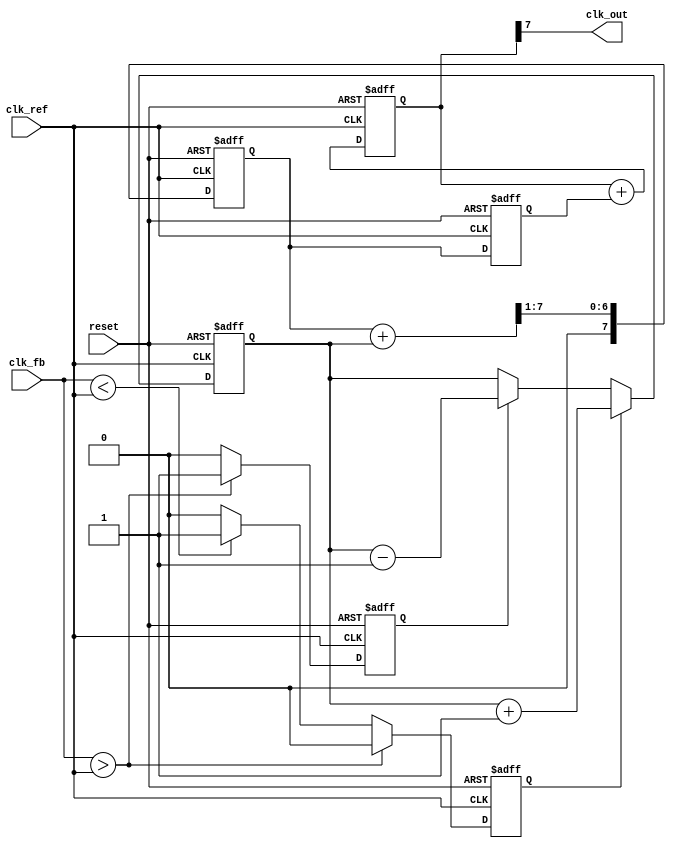
module CP_PLL (
    input wire clk_ref,          // Reference clock input
    input wire clk_fb,           // Feedback clock input from VCO
    input wire reset,            // Reset signal
    output wire clk_out          // Output clock from VCO
);

// Phase Detector
reg phase_up;
reg phase_down;

always @(posedge clk_ref or posedge reset) begin
    if (reset) begin
        phase_up <= 0;
        phase_down <= 0;
    end else begin
        if (clk_fb > clk_ref) begin
            phase_down <= 1;
            phase_up <= 0;
        end else if (clk_fb < clk_ref) begin
            phase_up <= 1;
            phase_down <= 0;
        end else begin
            phase_up <= 0;
            phase_down <= 0;
        end
    end
end

// Charge Pump
reg [7:0] charge_pump_output;

always @(posedge clk_ref or posedge reset) begin
    if (reset) begin
        charge_pump_output <= 8'b00000000;
    end else begin
        if (phase_up) begin
            charge_pump_output <= charge_pump_output + 1; // Increment
        end else if (phase_down) begin
            charge_pump_output <= charge_pump_output - 1; // Decrement
        end
    end
end

// Loop Filter - Simple RC Filter Simulation
reg [7:0] loop_filter_output;

always @(posedge clk_ref or posedge reset) begin
    if (reset) begin
        loop_filter_output <= 8'b00000000;
    end else begin
        loop_filter_output <= (loop_filter_output + charge_pump_output) >> 1; // Simple averaging for smoothing
    end
end

// Voltage-Controlled Oscillator (VCO)
reg [7:0] vco_frequency;

always @(posedge clk_ref or posedge reset) begin
    if (reset) begin
        vco_frequency <= 8'b00000000;
    end else begin
        vco_frequency <= loop_filter_output; // Control frequency based on filter output
    end
end

// Generate Output Clock from VCO
reg [7:0] counter;
assign clk_out = counter[7]; // Output clock generation from counter

always @(posedge clk_ref or posedge reset) begin
    if (reset) begin
        counter <= 8'b00000000;
    end else begin
        counter <= counter + vco_frequency; // Adjust based on VCO frequency
    end
end

endmodule